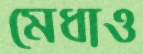
মেধাও